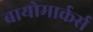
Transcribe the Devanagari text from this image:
बायोमार्कर्स